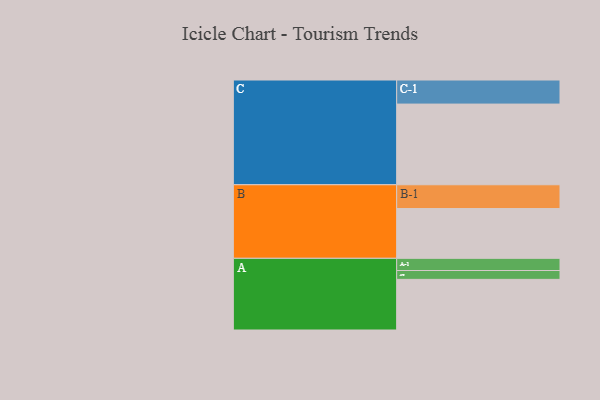
{"axis": {"x": "Segment", "y": "Value"}, "legend": ["", "A", "B", "C"], "data": [{"x": "A", "y": 349, "type": ""}, {"x": "B", "y": 343, "type": ""}, {"x": "C", "y": 556, "type": ""}, {"x": "A-1", "y": 84, "type": "A"}, {"x": "A-2", "y": 61, "type": "A"}, {"x": "B-1", "y": 164, "type": "B"}, {"x": "C-1", "y": 166, "type": "C"}]}